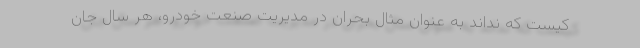
کیست که نداند به عنوان مثال بحران در مدیریت صنعت خودرو، هر سال جان